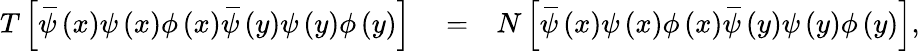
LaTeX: \begin{array}{rlr}{T\left[\, \overline{{\! {\psi}}}\left(x\right)\psi\left(x\right)\phi\left(x\right)\, \overline{{\! {\psi}}}\left(y\right)\psi\left(y\right)\phi\left(y\right)\right]}&{{}=}&{N\left[\, \overline{{\! {\psi}}}\left(x\right)\psi\left(x\right)\phi\left(x\right)\, \overline{{\! {\psi}}}\left(y\right)\psi\left(y\right)\phi\left(y\right)\right],}\end{array}